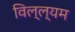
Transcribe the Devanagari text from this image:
विल्ल्यम